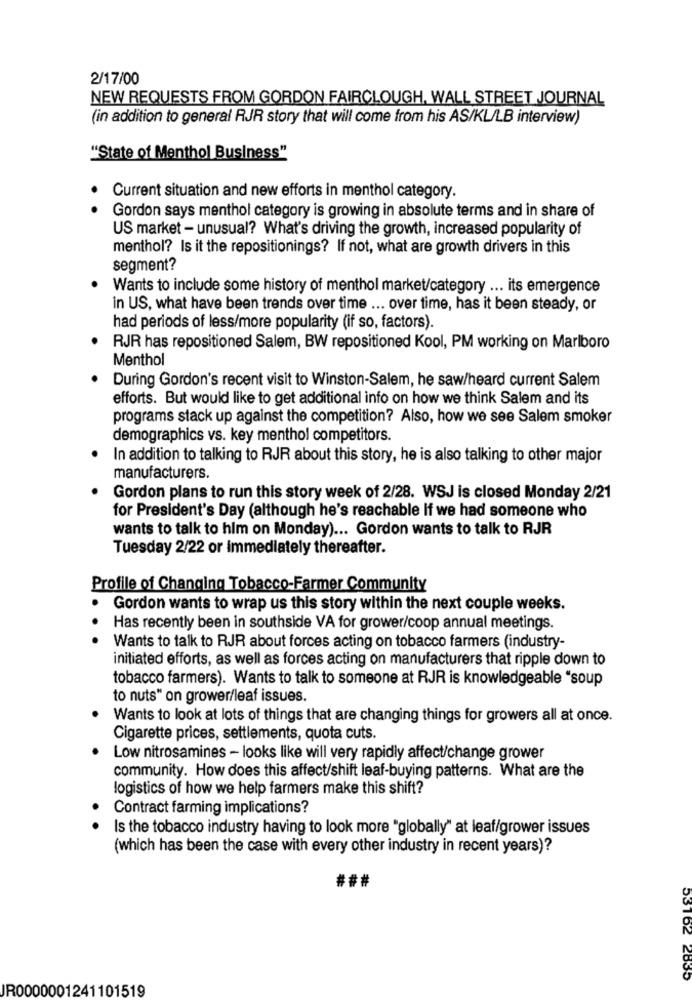
2/17/00
NEW REQUESTS FROM GORDON FAIRCLOUGH, WALL STREET JOURNAL
(in addition to general RJR story that will come from his AS/KL/LB interview)
"State of Menthol Business"
Current situation and new efforts in menthol category.
Gordon says menthol category is growing in absolute terms and in share of
US market - unusual? What's driving the growth, increased popularity of
menthol? Is it the repositionings? If not, what are growth drivers in this
segment?
Wants to include some history of menthol market/category ... its emergence
in US, what have been trends over time ... over time, has it been steady, or
had periods of less/more popularity (if so, factors).
RJR has repositioned Salem, BW repositioned Kool, PM working on Marlboro
Menthol
During Gordon's recent visit to Winston-Salem, he saw/heard current Salem
efforts. But would like to get additional info on how we think Salem and its
programs stack up against the competition? Also, how we see Salem smoker
demographics vs. key menthol competitors.
In addition to talking to RJR about this story, he is also talking to other major
manufacturers.
Gordon plans to run this story week of 2/28. WSJ is closed Monday 2/21
for President's Day (although he's reachable if we had someone who
wants to talk to him on Monday) ... Gordon wants to talk to RJR
Tuesday 2/22 or immediately thereafter.
Profile of Changing Tobacco-Farmer Community
Gordon wants to wrap us this story within the next couple weeks.
Has recently been in southside VA for grower/coop annual meetings.
. . .
Wants to talk to RJR about forces acting on tobacco farmers (industry-
initiated efforts, as well as forces acting on manufacturers that ripple down to
tobacco farmers). Wants to talk to someone at RJR is knowledgeable "soup
to nuts" on grower/leaf issues.
Wants to look at lots of things that are changing things for growers all at once.
Cigarette prices, settlements, quota cuts.
Low nitrosamines - looks like will very rapidly affect/change grower
community. How does this affect/shift leaf-buying patterns. What are the
logistics of how we help farmers make this shift?
Contract farming implications?
.
Is the tobacco industry having to look more "globally" at leaf/grower issues
(which has been the case with every other industry in recent years)?
###
53162 2835
IR0000001241101519